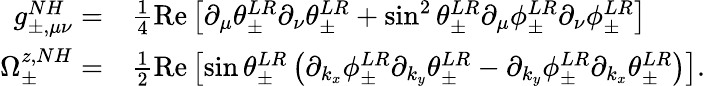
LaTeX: \begin{array}{rl}{g_{\pm,\mu\nu}^{NH}=}&{{}\frac{1}{4}\operatorname{Re}\left[\partial_{\mu}\theta_{\pm}^{LR}\partial_{\nu}\theta_{\pm}^{LR}+\sin^{2}\theta_{\pm}^{LR}\partial_{\mu}\phi_{\pm}^{LR}\partial_{\nu}\phi_{\pm}^{LR}\right]}\\ {\Omega_{\pm}^{z,NH}=}&{{}\frac{1}{2}\operatorname{Re}\left[\sin\theta_{\pm}^{LR}\left(\partial_{k_{x}}\phi_{\pm}^{LR}\partial_{k_{y}}\theta_{\pm}^{LR}-\partial_{k_{y}}\phi_{\pm}^{LR}\partial_{k_{x}}\theta_{\pm}^{LR}\right)\right].}\end{array}